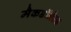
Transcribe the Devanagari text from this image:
मैकडॉनेल्ड